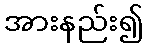
အားနည်း၍